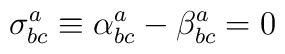
\sigma _{bc}^{a}\equiv \alpha _{bc}^{a}-\beta _{bc}^{a}=0